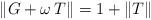
LaTeX: \begin{align*}\|G + \omega\,T\|=1+ \|T\|\end{align*}